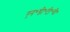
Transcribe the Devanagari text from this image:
एन॰डी॰टी॰वी॰